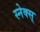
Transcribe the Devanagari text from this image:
स्नेक्स्